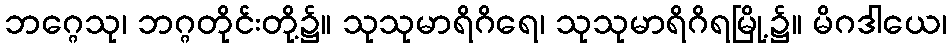
ဘဂ္ဂေသု၊ ဘဂ္ဂတိုင်းတို့၌။ သုသုမာရိဂိရေ၊ သုသုမာရိဂိရမြို့၌။ မိဂဒါယေ၊